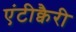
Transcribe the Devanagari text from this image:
एंटीक्वैरी